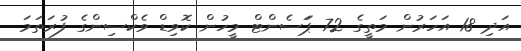
އަދި 18 އަހަރުން މަތީގެ 72 ޕަަސެންޓް މީހުން ކޮވިޑް ވެކްސިންގެ ފުރަތަމަ